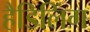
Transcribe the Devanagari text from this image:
हैडिलिंग